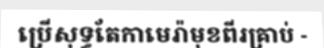
ប្រើសុទ្ធតែកាមេរ៉ាមុខពីរគ្រាប់ -